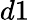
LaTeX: d1